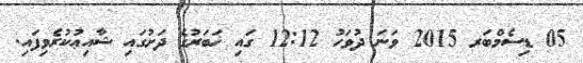
05 ޑިސެމްބަރ 2015 ވަނަ ދުވަހު 12:12 ގައި ޚަބަރުގެ ދަށުގައި ޝާއިޢުކުރެވިފައި.